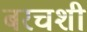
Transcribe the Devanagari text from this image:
बरचशी